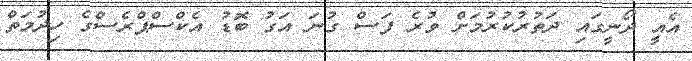
އެއީ ދޯނީގައި ދަތުރުކުރުމަށް ވުރެ ފަސް ގުނަ އަގު ބޮޑު އެކްސްޕްރެސްގެ ހިދުމަތް